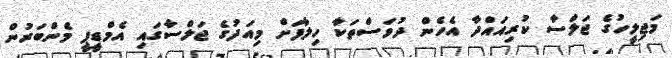
މަޖިލީހުގެ ޖަލްސާ ކުރިއައްދާ އެހެން ދުވަސްތަކާ ހިލާފަށް މިއަދުގެ ޖަލްސާގައި އެމްޑީޕީ މެންބަރުން